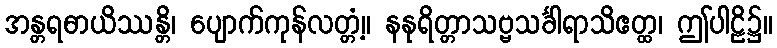
အန္တရဓာယိဿန္တိ၊ ပျောက်ကုန်လတ္တံ့။ နနုရိတ္တာသဗ္ဗသင်္ခါရာသိဧတ္ထ၊ ဤပါဠိ၌။